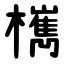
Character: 㰎